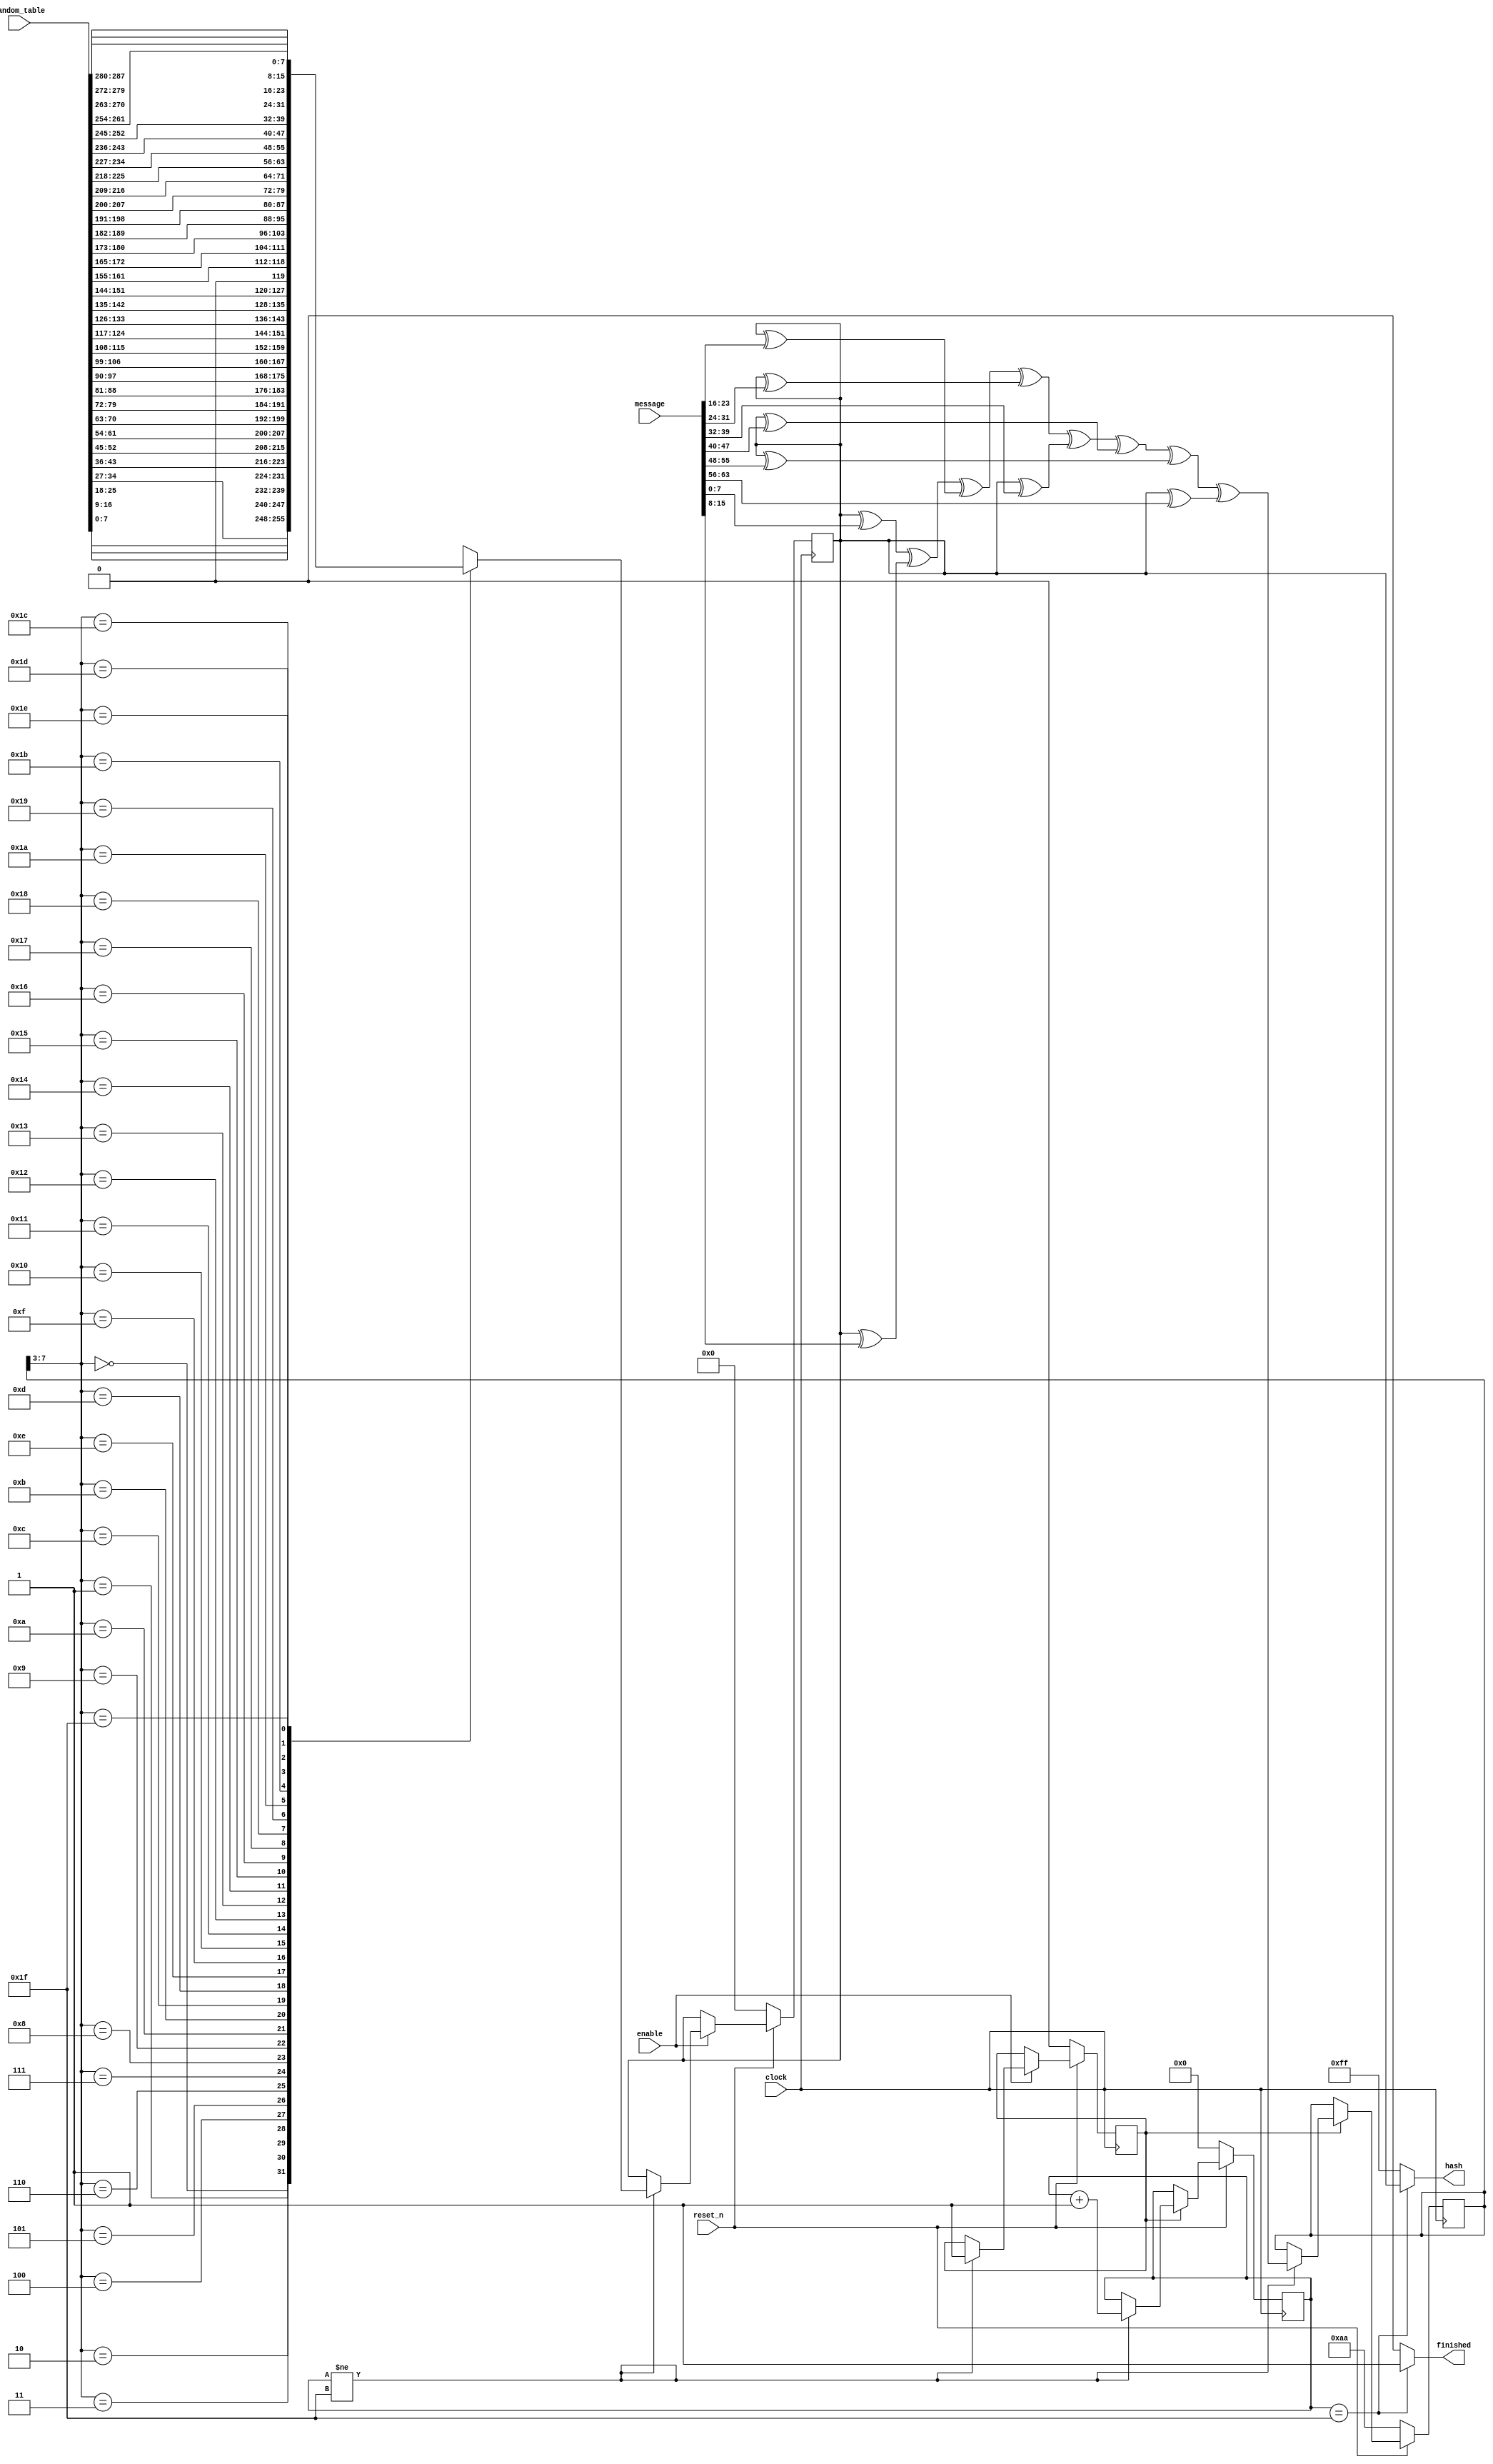
module pearson_hash64(clock, message, reset_n, random_table, hash, finished, enable);
	//Assume 64 bit wide sequencing
	input [63:0] message;
	input reset_n, clock, enable;
	input [287:0] random_table;
	output [7:0] hash;
	output finished;
	
	//Intialize variables for computation
	reg [7:0] temp_hash;
	reg [7:0] access_point;
	reg [4:0] counter;
	reg enable_counter;

	//Loop over 32 bits of input
	always @(posedge clock) begin
		if (!reset_n) begin
			temp_hash <= 8'b0;
			enable_counter <= 1'b0;
		end
		else if (enable) begin						
			if (counter != 5'b11111) begin
			 enable_counter <= 1'b1;
			 case(access_point[7:3])
				0:
					temp_hash <= random_table[7:0];
				1:
					temp_hash <= random_table[16:9];
				2:
					temp_hash <= random_table[25:18];
				3:
					temp_hash <= random_table[34:27];
				4:
					temp_hash <= random_table[43:36];
				5:
					temp_hash <= random_table[52:45];
				6:
					temp_hash <= random_table[61:54];
				7:
					temp_hash <= random_table[70:63];
				8:
					temp_hash <= random_table[79:72];
				9:
					temp_hash <= random_table[88:81];
				10:
					temp_hash <= random_table[97:90];
				11:
					temp_hash <= random_table[106:99];
				12:
					temp_hash <= random_table[115:108];
				13:
					temp_hash <= random_table[124:117];
				14:
					temp_hash <= random_table[133:126];
				15:
					temp_hash <= random_table[142:135];
				16:
					temp_hash <= random_table[151:144];
				17:
					temp_hash <= random_table[161:155];
				18:
					temp_hash <= random_table[172:165];
				19:
					temp_hash <= random_table[180:173];
				20:
					temp_hash <= random_table[189:182];
				21:
					temp_hash <= random_table[198:191];
				22:
					temp_hash <= random_table[207:200];
				23:
					temp_hash <= random_table[216:209];
				24:
					temp_hash <= random_table[225:218];
				25:
					temp_hash <= random_table[234:227];
				26:
					temp_hash <= random_table[243:236];
				27:
					temp_hash <= random_table[252:245];
				28:
					temp_hash <= random_table[261:254];
				29:
					temp_hash <= random_table[270:263];
				30:
					temp_hash <= random_table[279:272];
				31:
					temp_hash <= random_table[287:280];
				default: temp_hash <= 8'b11111111;
			endcase
			end
		end
	end
	
	always @(negedge clock) begin
		if (!reset_n) begin
			access_point <= 8'b10101010;
			counter <= 5'b00000;
		end
		else if (enable_counter) begin		
			if (counter != 5'b11111) begin
				access_point <= ((temp_hash ^ message[7:0]) ^ (temp_hash ^ message[15:8]) ^ (temp_hash ^ message[23:16]) ^ (temp_hash ^ message[31:24]) ^ (temp_hash ^ message[39:32]) ^ (temp_hash ^ message[47:40]) ^ (temp_hash ^ message[55:48]) ^ (temp_hash ^ message[63:56])); 
				counter <= counter + 1'b1;	
			end
		end
	end
	assign hash = (counter == 5'b11111) ? temp_hash : 8'b11111111;
	assign finished = (counter == 5'b11111) ? 1'b1 : 1'b0;
endmodule